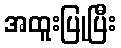
အထူးပြုပြီး